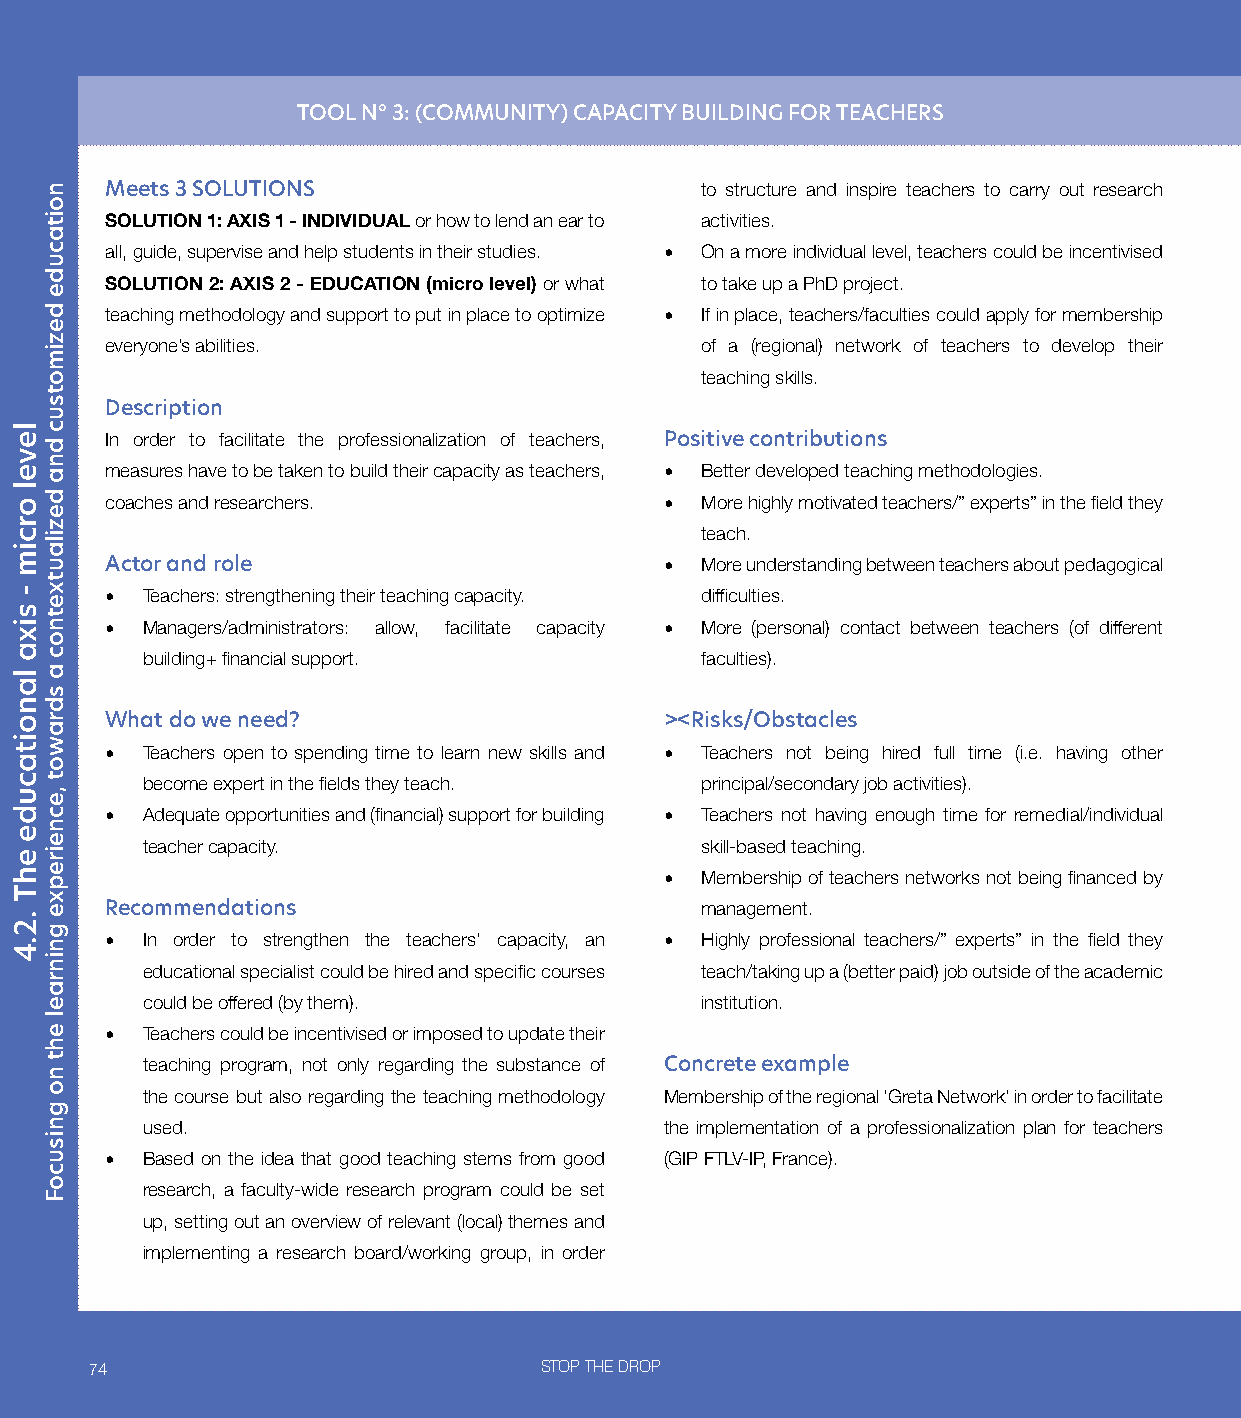
TOOL N° 3: (COMMUNITY) CAPACITY BUILDING FOR TEACHERS
 Meets 3 SOLUTIONS                      to structure and inspire teachers to carry out research
 SOLUTION 1: AXIS 1 - INDIVIDUAL or how to lend an ear to activities.
 all, guide, supervise and help students in their studies. • On a more individual level, teachers could be incentivised
 SOLUTION 2: AXIS 2 - EDUCATION (micro level) or what to take up a PhD project.
 teaching methodology and support to put in place to optimize • If in place, teachers/faculties could apply for membership
 everyone’s abilities.                  of a (regional) network of teachers to develop their
 teaching skills.
 Description
 In order to facilitate the professionalization of teachers, Positive contributions
 measures have to be taken to build their capacity as teachers, • Better developed teaching methodologies.
 coaches and researchers.             • More highly motivated teachers/” experts” in the field they
 teach.
 Actor and role                       • More understanding between teachers about pedagogical
 • Teachers: strengthening their teaching capacity. difficulties.
 • Managers/administrators: allow, facilitate capacity • More (personal) contact between teachers (of different
 building+ financial support.         faculties).
 What do we need?                     ><Risks/Obstacles
 • Teachers open to spending time to learn new skills and • Teachers not being hired full time (i.e. having other
 become expert in the fields they teach. principal/secondary job activities).
 • Adequate opportunities and (financial) support for building • Teachers not having enough time for remedial/individual
 teacher capacity.                    skill-based teaching.
 • Membership of teachers networks not being financed by
 Recommendations                        management.
 • In order to strengthen the teachers’ capacity, an • Highly professional teachers/” experts” in the field they
 educational specialist could be hired and specific courses teach/taking up a (better paid) job outside of the academic
 could be offered (by them).          institution.
 • Teachers could be incentivised or imposed to update their
 teaching program, not only regarding the substance of Concrete example
 the course but also regarding the teaching methodology Membership of the regional ‘Greta Network’ in order to facilitate
 used.                              the implementation of a professionalization plan for teachers
 • Based on the idea that good teaching stems from good (GIP FTLV-IP, France).
 research, a faculty-wide research program could be set
 up, setting out an overview of relevant (local) themes and
 implementing a research board/working group, in order
 74                            STOP THE DROP
 level
 orcim
 -
 sixa
 lanoitacude
 ehT
 .2.4
 noitacude
 dezimotsuc
 dna
 dezilautxetnoc
 a
 sdrawot
 ,ecneirepxe
 gninrael
 eht
 no
 gnisucoF